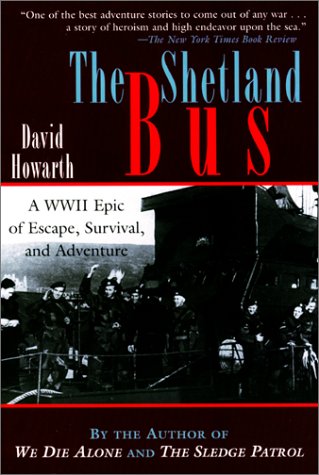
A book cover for The Shetland Bus: A WWII Epic of Escape, Survival, and Adventure; David Howarth; History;